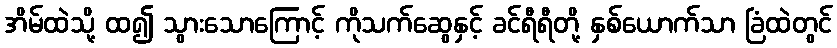
အိမ်ထဲသို့ ထ၍ သွားသောကြောင့် ကိုသက်ဆွေနှင့် ခင်ရီရီတို့ နှစ်ယောက်သာ ခြံထဲတွင်